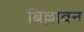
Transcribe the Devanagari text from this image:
बिल्लावन